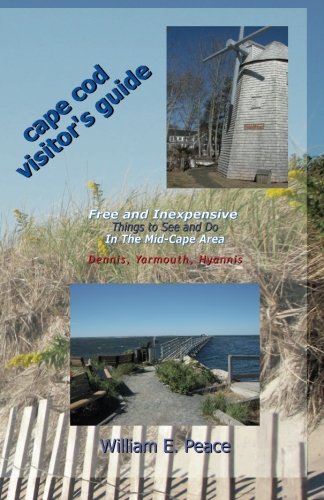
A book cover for Cape Cod Visitor's Guide: Free and Inexpensive Things To See and Do In The Mid-Cape Area: Dennis, Yarmouth, Hyannis; William Peace; Travel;